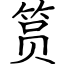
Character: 筼